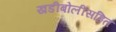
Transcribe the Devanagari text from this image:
खडीबोलीसहित